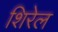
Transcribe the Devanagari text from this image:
शिरेल